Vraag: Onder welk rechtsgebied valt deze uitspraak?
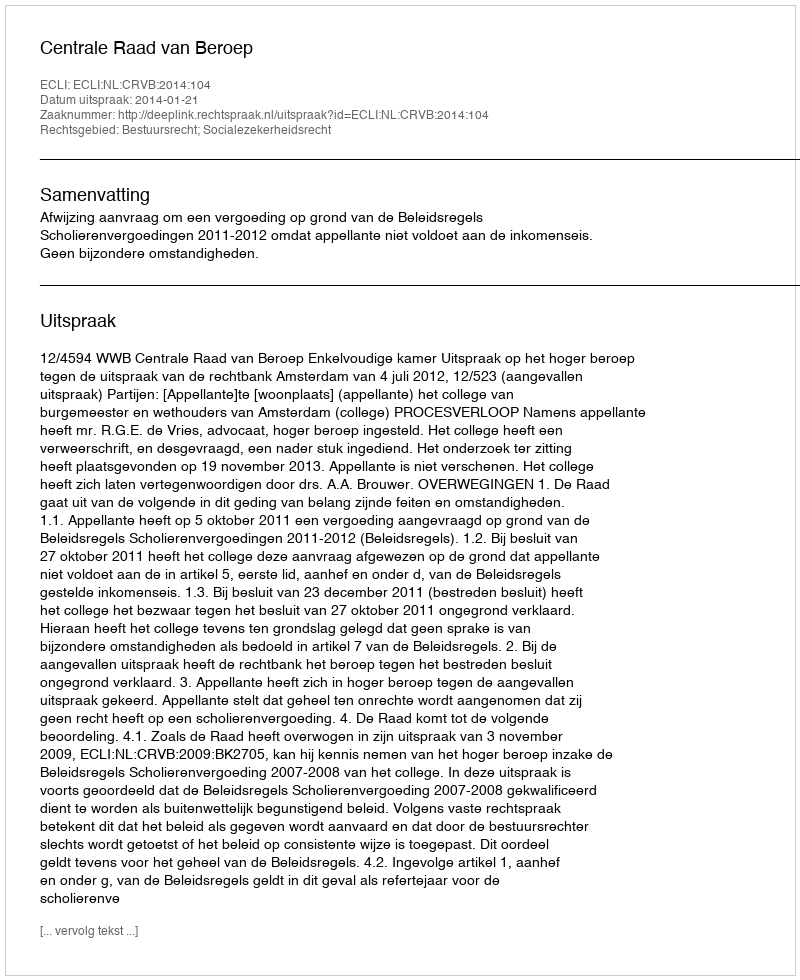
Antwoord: Bestuursrecht; Socialezekerheidsrecht